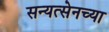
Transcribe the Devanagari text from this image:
सन्यत्सेनच्या